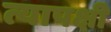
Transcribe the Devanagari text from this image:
त्यापक्षी